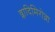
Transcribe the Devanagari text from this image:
व्लादिमिरोव्ना